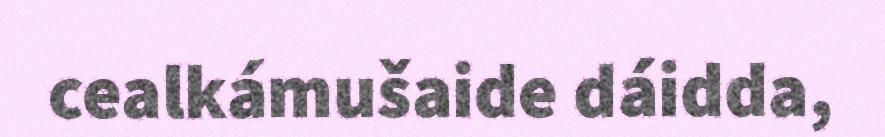
cealkámušaide dáidda,